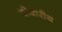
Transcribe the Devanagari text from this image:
दीवारीय